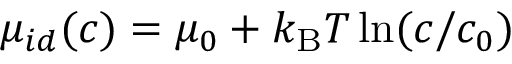
\mu _ { i d } ( c ) = \mu _ { 0 } + k _ { \mathrm { B } } T \ln ( c / c _ { 0 } )